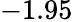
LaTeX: -1.95